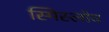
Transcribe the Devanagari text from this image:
स्मिस्लोव